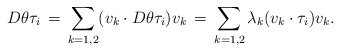
\begin{align*}D\theta \tau_i \,&=\, \sum_{k=1,2} (v_k\cdot D\theta \tau_i )v_k \,=\, \sum_{k=1,2}\lambda_k (v_k\cdot \tau_i)v_k. \end{align*}